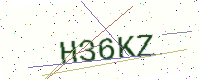
Text: H36KZ